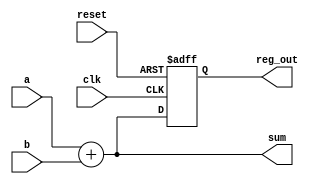
module example_logic (
    input wire clk,          // Clock input
    input wire reset,        // Reset input
    input wire [3:0] a,     // 4-bit input a
    input wire [3:0] b,     // 4-bit input b
    output reg [3:0] sum,    // 4-bit output for sum
    output reg [3:0] reg_out // 4-bit output for register
);

// Combinational Logic: Calculate sum of a and b
always @* begin
    sum = a + b; // Sum is updated immediately based on inputs a and b
end

// Sequential Logic: Register behavior on rising edge of clock
always @(posedge clk or posedge reset) begin
    if (reset) begin
        reg_out <= 4'b0000; // Reset output to 0
    end else begin
        reg_out <= sum; // Update register output with the sum on clock edge
    end
end

endmodule